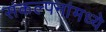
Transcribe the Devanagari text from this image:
संकल्पनांमध्ये